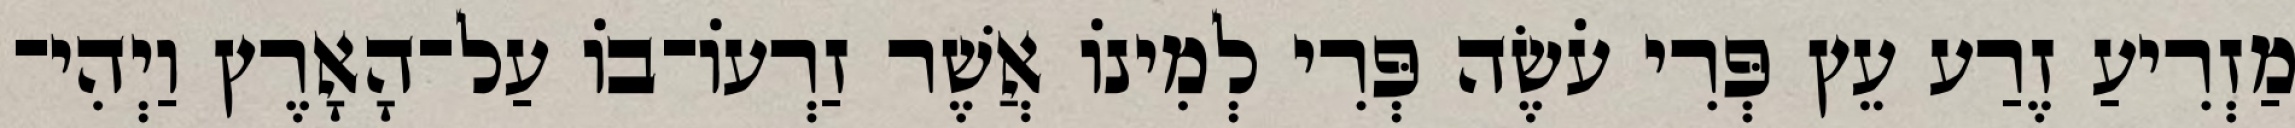
מַזְרִיעַ זֶרַע עֵץ פְּרִי עֹשֶׂה פְּרִי לְמִינֹו אֲשֶׁר זַרְעֹו־בֹו עַל־הָאָרֶץ וַיְהִי־